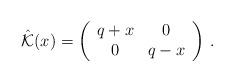
LaTeX: \begin{align*}\hat{\mathcal{K}}(x)=\left(\begin{array}{cc} q+x&0\\ 0&q-x \end{array}\right)\,.\end{align*}